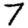
Digit: 7